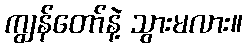
ကျွန်တော်နဲ့ သွားမလား။